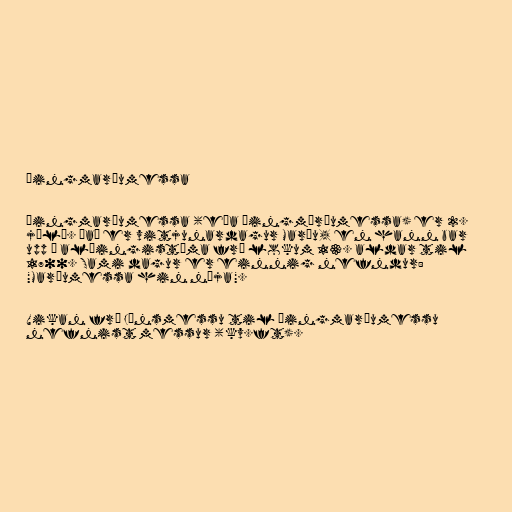
Þingmaríumessa

Þingmaríumessa (eða þingmáríumessa) er 2.
júlí. Það er vitjunardagur Maríu, en hann bar
upp á alþingistíma frá lokum 13. aldar til
1700. Sami dagur er einnig nefndur:
"Maríumessa hin nýja".

Vikan frá Jónsmessu til Þingmaríumessu
nefnist messur (kv.ft).